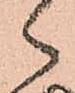
ゝ